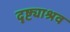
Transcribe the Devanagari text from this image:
दृष्ट्याश्रव